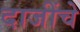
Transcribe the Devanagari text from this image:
दाजींचे